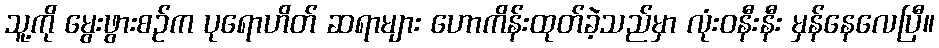
သူ့ကို မွေးဖွားစဉ်က ပုရောဟိတ် ဆရာများ ဟောကိန်းထုတ်ခဲ့သည်မှာ လုံးဝနီးနီး မှန်နေလေပြီ။